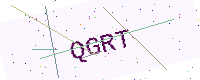
Text: QGRT